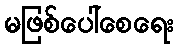
မဖြစ်ပေါ်စေရေး